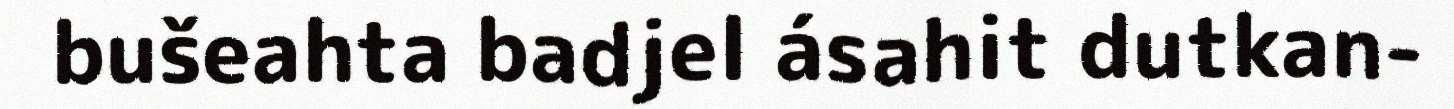
bušeahta badjel ásahit dutkan-